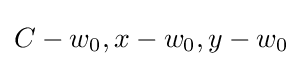
C-w_{0},x-w_{0},y-w_{0}